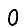
Digit: 0